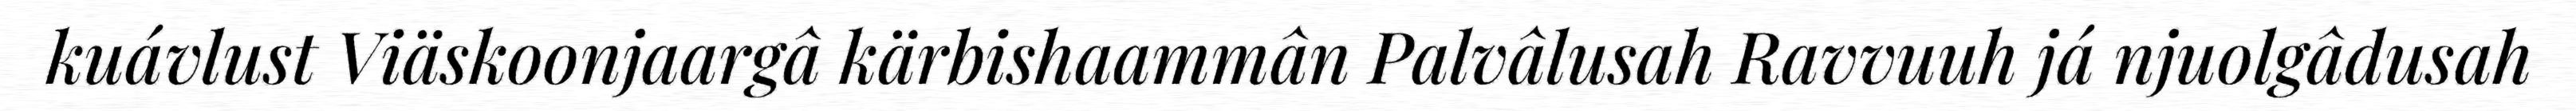
kuávlust Viäskoonjaargâ kärbishaammân Palvâlusah Ravvuuh já njuolgâdusah